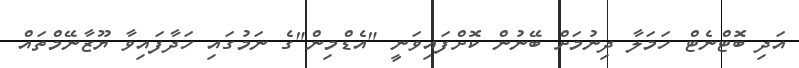
އަދި ބޮޓްނެޓް ހަމަލާ ދިނުމަށް ބޭނުން ކޮށްފައިވަނީ "އެޑްމިން"ގެ ނަމުގައި ހަދާފައިވާ ޔޫޒާނޭމްތައް